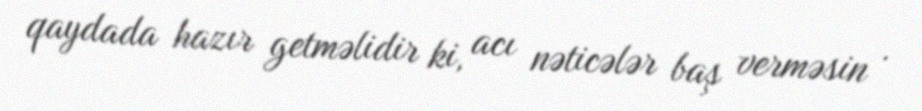
qaydada hazır getməlidir ki, acı nəticələr baş verməsin .